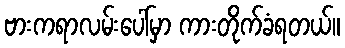
ဗားကရာလမ်းပေါ်မှာ ကားတိုက်ခံရတယ်။